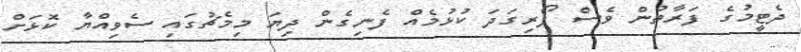
ދެޓީމުގެ ފަރާތުން ވެސް ފޯރިގަދަ ކުޅުމެއް ފެނިގެން ދިޔަ މިމެޗުގައި ސެވިއްޔާ ކޮޅަށް